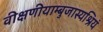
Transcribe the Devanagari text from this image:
वीक्षणीयाम्बुजास्यश्रियं